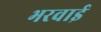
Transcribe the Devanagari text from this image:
भरवाई